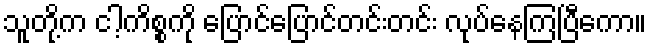
သူတို့က ငါ့ကိစ္စကို ပြောင်ပြောင်တင်းတင်း လုပ်နေကြပြီကော။